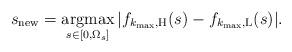
LaTeX: \begin{align*}s_{\rm{new}} = \underset{s \in [0, \Omega_{s}] }{ \mathrm{argmax} } \, |f_{k_{\max}, \rm{H}}(s) - f_{k_{\max}, \rm{L}}(s) |.\end{align*}